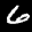
Label: 6